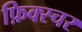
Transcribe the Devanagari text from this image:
फ़िक्स्चर